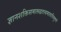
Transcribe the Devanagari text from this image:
ज्ञानशक्तिसमारूढतत्त्वमालाविभूषणे